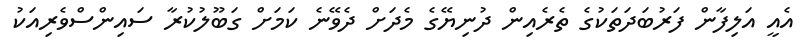
އެއީ އަލިފާން ފަރުބަދަތަކުގެ ތެރެއިން ދުނިޔޭގެ މެދަށް ދެވޭނެ ކަމަށް ގަބޫލުކުރާ ސައިންސްވެރިއަކު